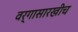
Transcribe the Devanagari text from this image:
वर्गासारखीच